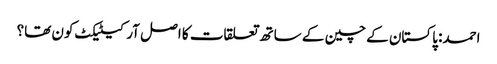
احمد: پاکستان کے چین کے ساتھ تعلقات کا اصل آرکیٹیکٹ کون تھا؟